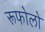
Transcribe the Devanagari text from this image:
रूफोलो